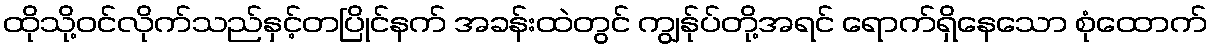
ထိုသို့ဝင်လိုက်သည်နှင့်တပြိုင်နက် အခန်းထဲတွင် ကျွန်ုပ်တို့အရင် ရောက်ရှိနေသော စုံထောက်